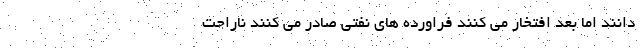
دانند اما بعد افتخار می کنند فراورده های نفتی صادر می کنند ناراحت